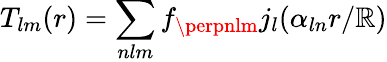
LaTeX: T_{lm}(r)=\sum_{nlm}f_{\perpnlm}j_{l}(\alpha_{ln}r/\mathbb{R})